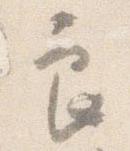
良